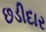
છડીદાર